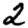
Digit: 2